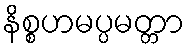
နိစ္စဟမပ္ပမတ္တာ